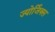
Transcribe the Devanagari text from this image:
ज्योर्जिक्स